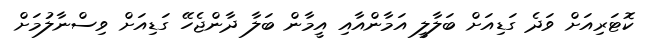
ކޮޓަރިއަށް ވަދެ ގަޑިއަށް ބަލާލީ އަމާންއާއި އީމާން ބަލާ ދާންޖެހޭ ގަޑިއަށް ވިސްނާލުމަށް